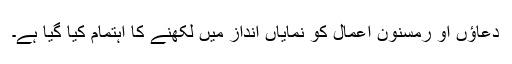
دعاؤں او رمسنون اعمال کو نمایاں انداز میں لکھنے کا اہتمام کیا گیا ہے۔